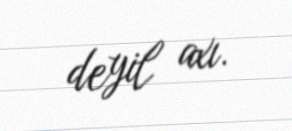
deyil axı.